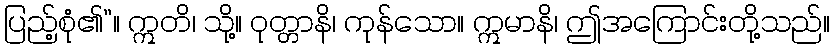
ပြည့်စုံ၏”။ ဣတိ၊ သို့။ ဝုတ္တာနိ၊ ကုန်သော။ ဣမာနိ၊ ဤအကြောင်းတို့သည်။